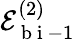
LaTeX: \mathcal{E}_{\mathrm{~b~i~}-1}^{(2)}